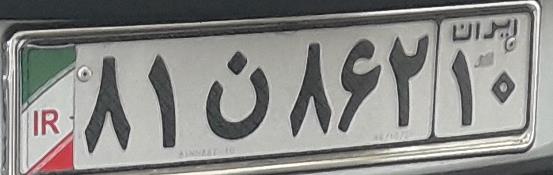
۸۱ن۸۶۲۱۰